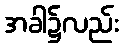
အခါ၌လည်း